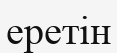
еретін